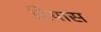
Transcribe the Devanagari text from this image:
रियास